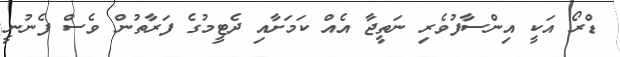
ޑްރޯ އަކީ އިންސާފުވެރި ނަތީޖާ އެއް ކަމަށާއި ދެޓީމުގެ ފަރާތުން ވެސް ފެނުނީ